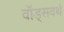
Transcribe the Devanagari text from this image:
वॉड्सवर्थ